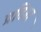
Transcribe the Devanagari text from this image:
प्रतिगरं